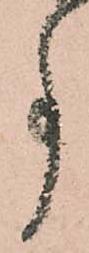
事